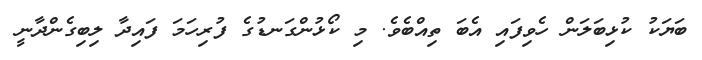
ބަޔަކު ކުޅިބަލަން ހެވިފައި އެބަ ތިއްބެވެ. މި ކޯޅުންގަނޑުގެ ފުރިހަމަ ފައިދާ ލިބިގެންދާނީ